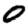
Digit: 0